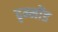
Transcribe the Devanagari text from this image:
दृम्मोंड